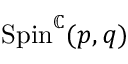
\mathrm { S p i n } ^ { \mathbb { C } } ( p , q )